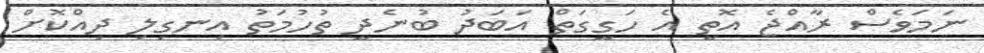
ނަމަވެސް ރާއްޖެ އޮތީ އެ ހަގީގަތް އަބަދު ބުނެދީ ތުހުމަތު އިނގިލި ދިއްކޮށް